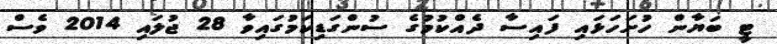
ޓީ ބަޔާން ހުށަހަޅައި ފައިސާ ދެއްކުމުގެ ސުންގަޑިކަމުގައިވާ 28 ޖުލައި 2014 ވެސް